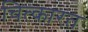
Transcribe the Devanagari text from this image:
चित्कारत